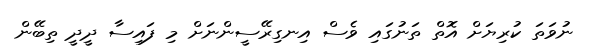
ނުވަތަ ކުރިޔަށް އޮތް ތަނުގައި ވެސް އިނގިރޭސީންނަށް މި ފައިސާ ދީދީ ތިބޭން